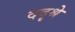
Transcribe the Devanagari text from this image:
ददृश्रे